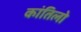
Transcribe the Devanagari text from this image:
कांतिलो